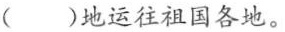
()地运往祖国各地。